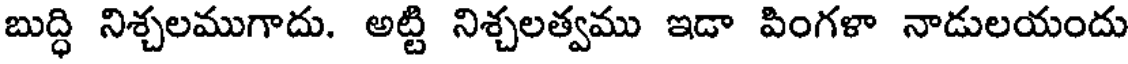
బుద్ధి నిశ్చలముగాదు. అట్టి నిశ్చలత్వము ఇడా పింగళా నాడులయందు